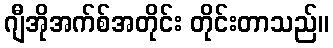
ဂျီအိုအက်စ်အတိုင်း တိုင်းတာသည်။